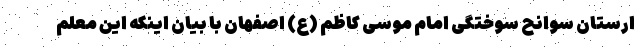
ارستان سوانح سوختگی امام موسی کاظم (ع) اصفهان با بیان اینکه این معلم